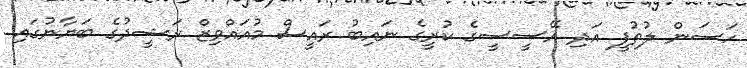
ހަސަން ލުތުފީ އަދި އޭސީސީގެ ކުރީގެ ނައިބު ރައީސް މުއައްވިޒް ރަޝީދުގެ ބަޔާނުގައި